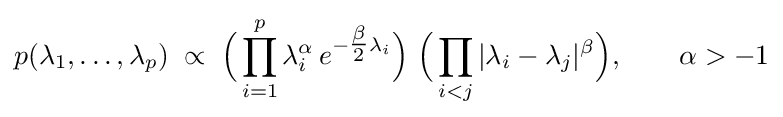
p(\lambda _{1},\ldots ,\lambda _{p})\;\propto \;{\Big (}\prod _{i=1}^{p}\lambda _{i}^{\alpha }\,e^{-{\tfrac {\beta }{2}}\lambda _{i}}{\Big )}\;{\Big (}\prod _{i<j}|\lambda _{i}-\lambda _{j}|^{\beta }{\Big )},\qquad \alpha >-1